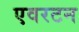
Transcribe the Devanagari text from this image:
एवरटन